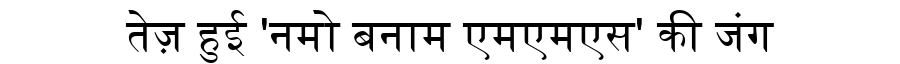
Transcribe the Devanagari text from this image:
तेज़ हुई 'नमो बनाम एमएमएस' की जंग